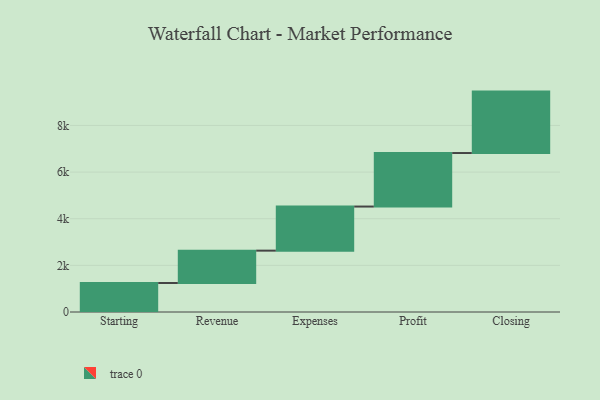
{"axis": {"x": "Step", "y": "Value"}, "legend": [""], "data": [{"x": "Starting", "y": 1243.0, "type": ""}, {"x": "Revenue", "y": 1388.0, "type": ""}, {"x": "Expenses", "y": 1891.0, "type": ""}, {"x": "Profit", "y": 2295.0, "type": ""}, {"x": "Closing", "y": 2634.0, "type": ""}]}